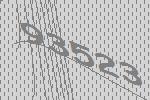
93523